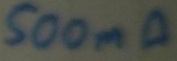
Text: 500mA